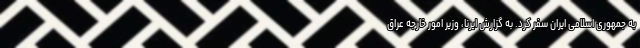
به جمهوری اسلامی ایران سفر کرد. به گزارش ایرنا، وزیر امور خارجه عراق